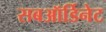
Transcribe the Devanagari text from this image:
सबऑर्डिनेट